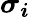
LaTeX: \boldsymbol{\sigma_{\mathit{i}}}